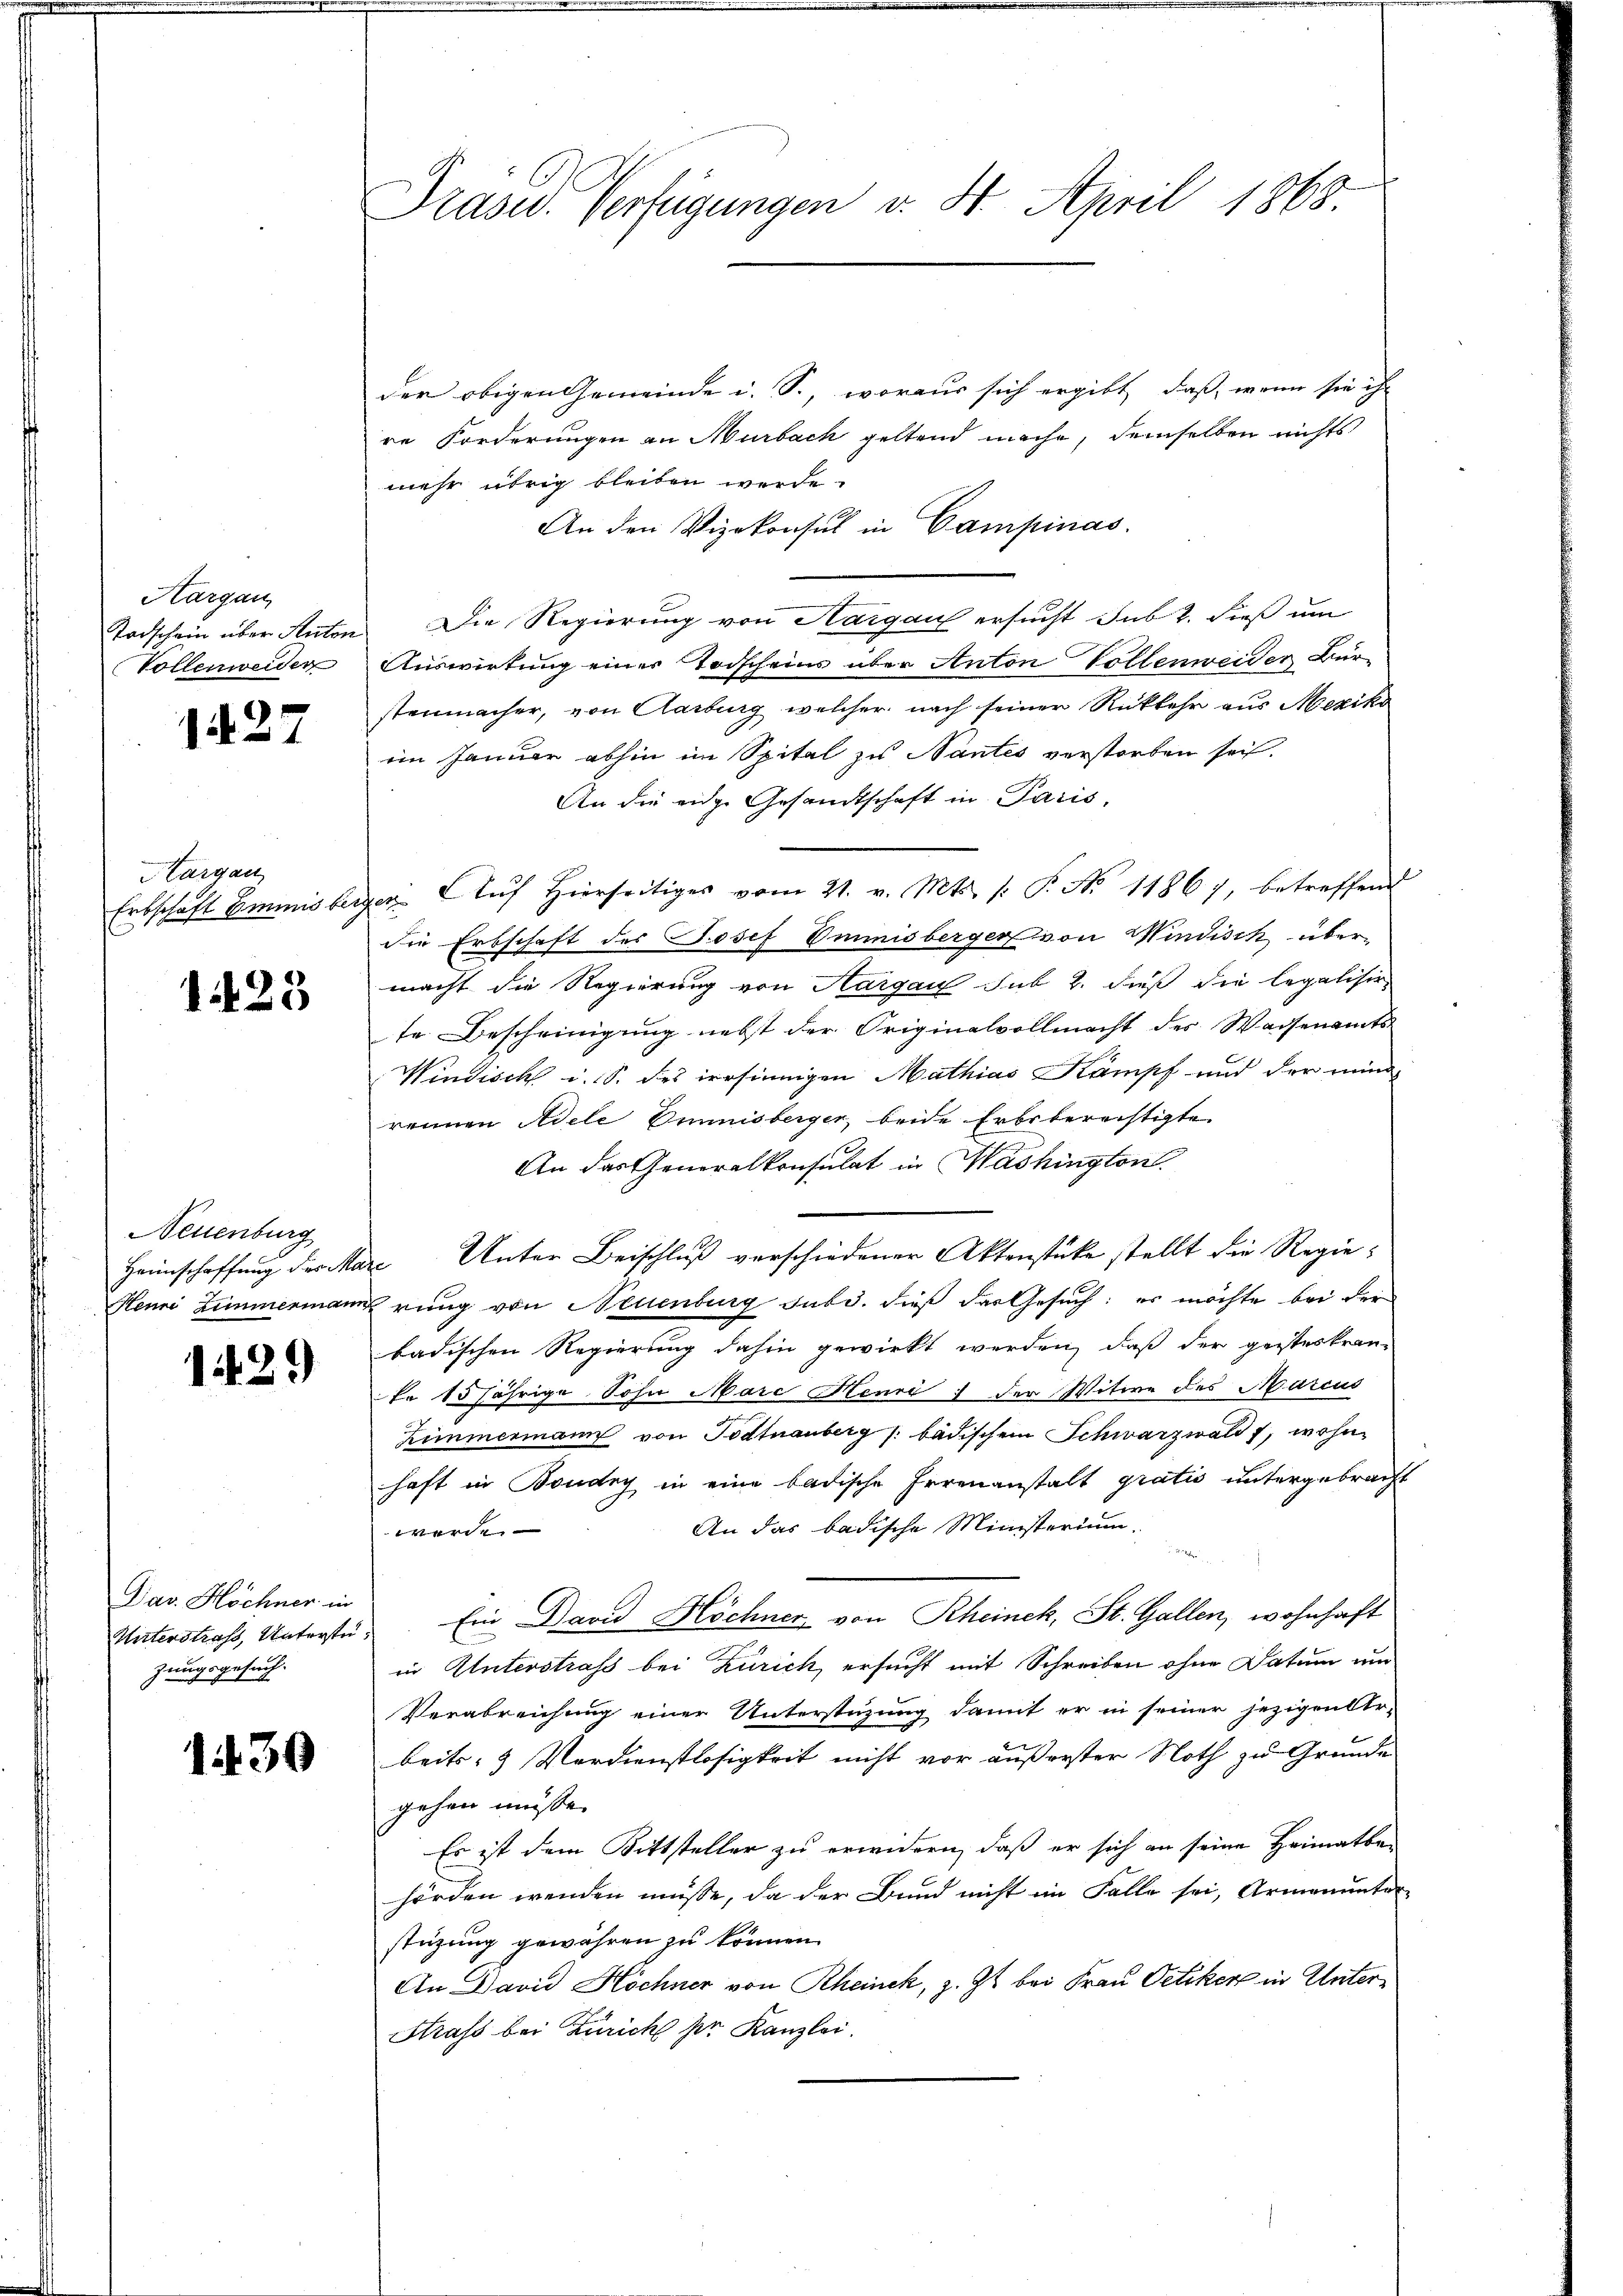
Hargau,
Todschein über Anton
Vollenweider

1427

Hargau
Erbschaft Emmnis ber

1423

Neuenburg

1429)

Dav. Höchner in
Unterstrafs, Unterstüzungsgesuch.

1430

Prased. Verfügungen v. 4. April 1868

der obigen Gemeinde u. S., woraus sich ergibt, daß, wenn sie ihr
re Forderungen an Murbach geltend mache, demselben nichts
mehr übrig bleiben werde.
An den Vizekonsul in Campinas.
Die Regierung von Aargau ersucht sub 2. dieß um
Auswirtung einer Todscheins über Anton Vollenweider Bür-
stenmacher, von Aarburg, welcher nach seiner Rückkehr aus Meziko
iin Januar abhin im Spital zu Nantes verstorben sei.
An die eidge Gesandtschaft in Paris,
ven Auf Hierseitiges vom 21. v. Mts. /: P. Nr. 11867, betreffend
die Erbschaft des Josef Emmnisberger von Windisch übermacht die Regierung von Aargau sub 2. dieß die legalisir
te Bescheinigung nebst der Originalvollmacht des Waisenamts
Windisch u. S. des irrsinnigen Mathias Kampf und der mind
rennen Adele Omnisberger, beide Erbsberechtigte.
An das Generalkonsulat in Mashington.
Haunschaffung der Mare Unter Beischluß verschiedener Aktenstücke stellt die Regie¬
Henri Zimmermannerung von Neuenburg sub d. dieß das Gesuch: es möchte bei der
badischen Regierung dahin gewirkt werden, daß der geisteskran-
Er 15 jährige Sohn Marc Henri ; der Witwe des Marcus
Zimmermann von Todtnauberg /: bädischen Schwarzwald 7, wohnhaft in Boudry in eine badische Irrenanstalt gratio untergebracht
An das badische Ministerium.
werde.
Ein David Höchner von Rheinek, St. Gallen, wohnhaft
in Unterstraß bei Zürich, ersucht mit Schreiben ohne Datum um
Verabreichung einer Unterstüzung damit er in seiner jezigen Verbeits- & Verdienstlosigkeit nicht vor äußerster Noth zu Grunde
gehen müsse. |
Es ist dem Bittsteller zu erwidern, daß er sich an seine Heimatber
hörden wenden müsse, da der Bund nicht im Falle sei, Armenunter
stüzung gewähren zu können.
An David Höchner von Rheinck, z. Zt. bei Frau Oetiker in Unter¬
Strass bei Zürich der Kanzlei.